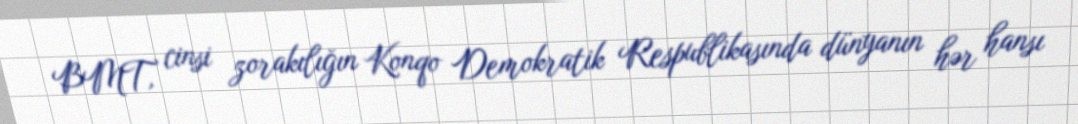
BMT, cinsi zorakılığın Konqo Demokratik Respublikasında dünyanın hər hansı